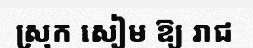
ស្រុក សៀម ឱ្យ រាជ